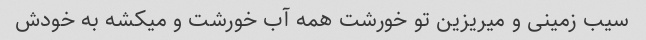
سیب زمینی و میریزین تو خورشت همه آب خورشت و میکشه به خودش